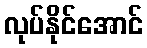
လုပ်နိုင်အောင်